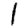
Digit: 1